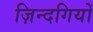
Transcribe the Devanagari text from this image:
ज़िन्दगियों